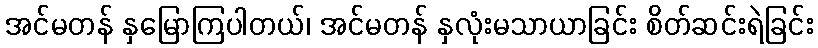
အင်မတန် နှမြောကြပါတယ်၊ အင်မတန် နှလုံးမသာယာခြင်း စိတ်ဆင်းရဲခြင်း